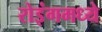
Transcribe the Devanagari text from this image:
रोइंगमध्ये